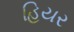
હિયર